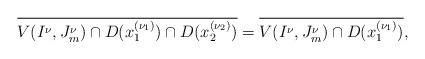
LaTeX: \begin{align*}\overline{V(I^\nu,J_m^\nu)\cap D(x_1^{(\nu_1)})\cap D(x_2^{(\nu_2)})}=\overline{V(I^\nu,J_m^\nu)\cap D(x_1^{(\nu_1)})},\end{align*}